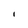
Character: l